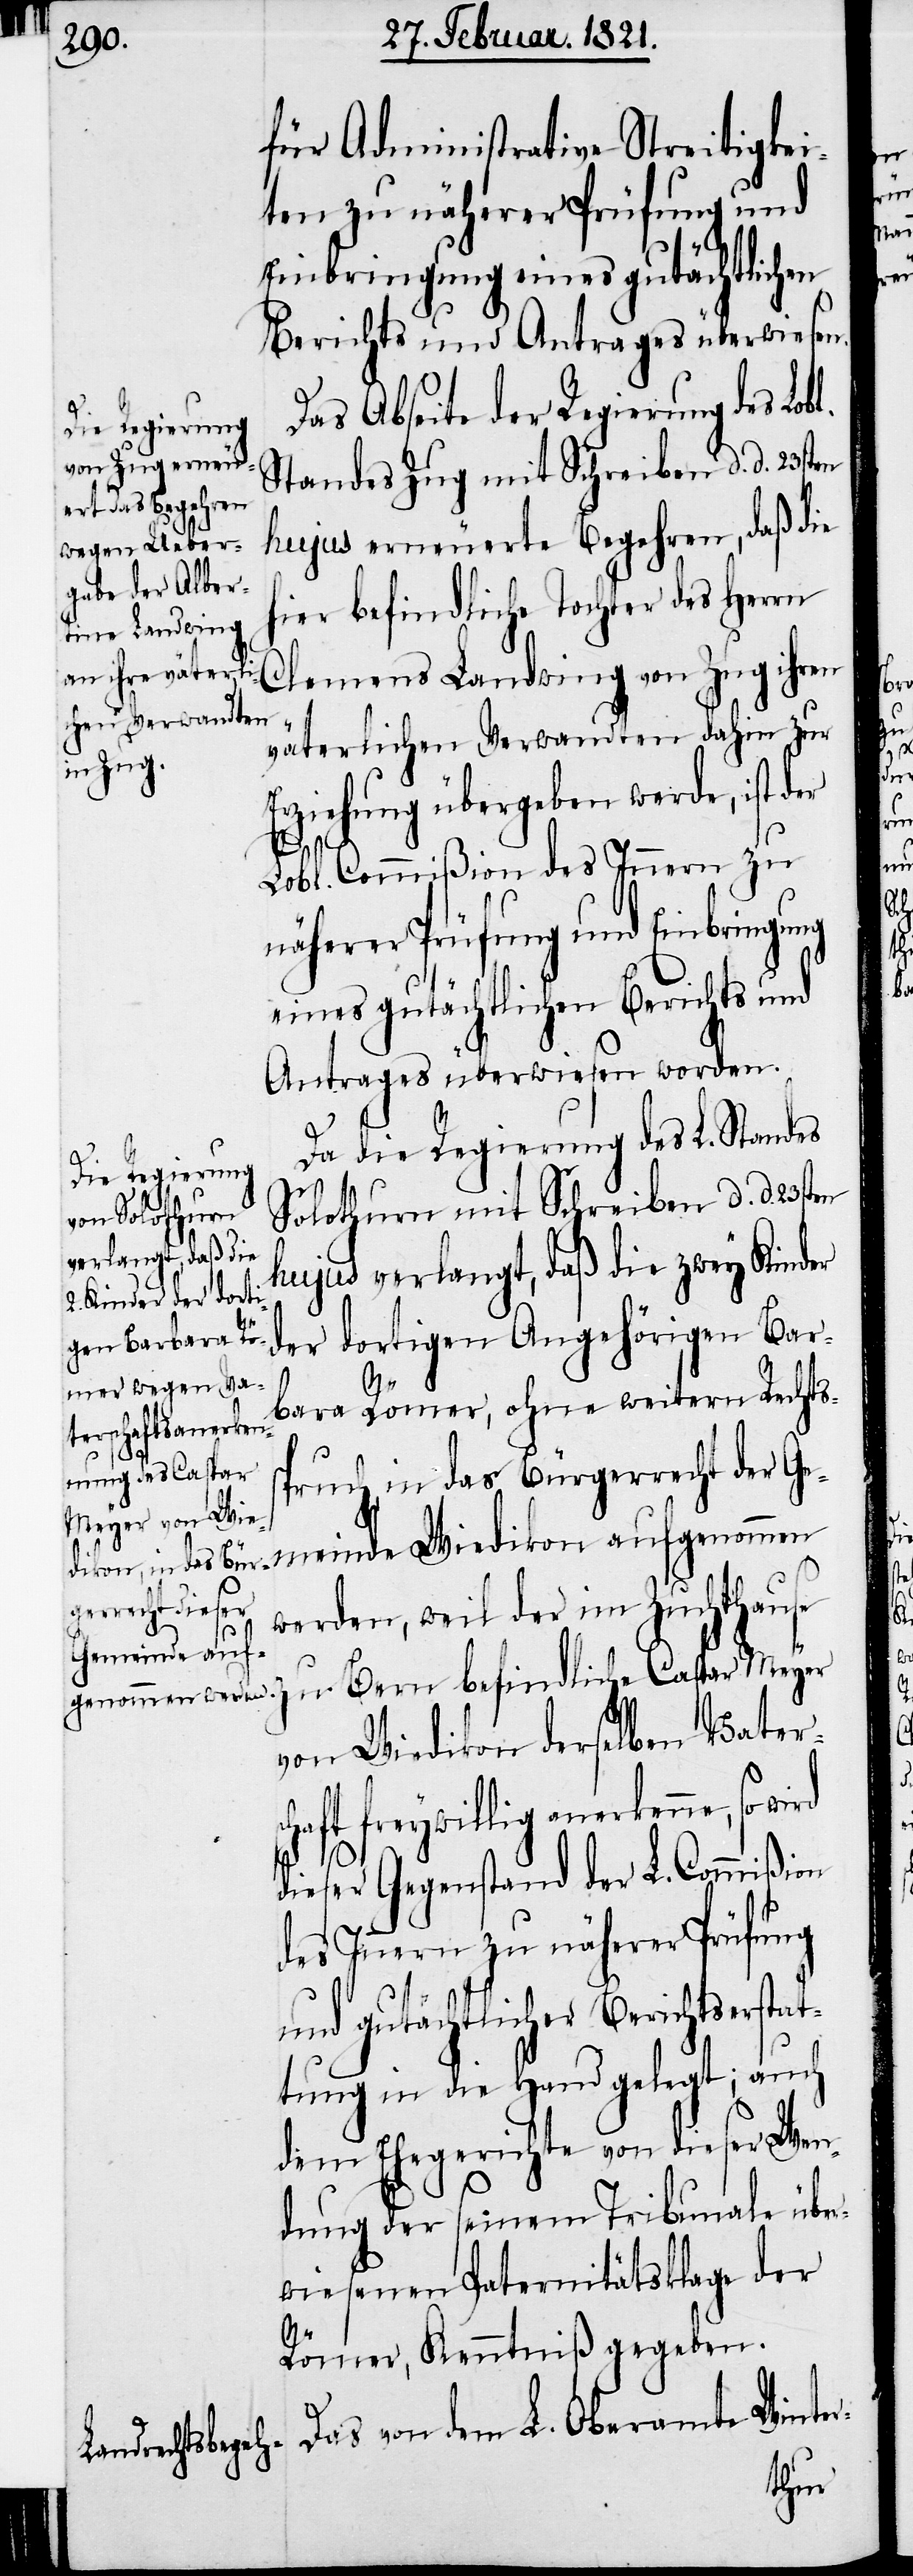
für Administrative Streitigkei¬
ten zu näherer Prüfung und
Einbringung eines gutächtlichen
Berichts und Antrages überwiesen.
Das Abseite der Regierung des Lob¬
Standes Zug mit Schreiben d. d. 23sten
hujus erneuerte Begehren, daß die
hier befindliche Tochter des Herrn
Clemens Landwing von Zug ihren
väterlichen Verwandten dahin zur
Erziehung übergeben werde, ist der
l.
Lobl. Commißion des Innern zu
näherer Prüfung und Einbringung
eines gutächtlichen Berichts und
Antrages überwiesen worden.
Da die Regierung des L. Standes
Solothurn mit Schreiben d. d. 23st¬
hujus verlangt, daß die zwey Kinder
der dortigen Angehörigen Bar¬
bara Römer, ohne weitern Rechts¬
sc¬
pruch in das Bürgerrecht der Ge¬
werden, weil der im Zuchthause
zu Bern befindliche Caspar Meyer
von Wiedikon derselben Vater¬
haft freywillig anerkenne, so
dieser Gegenstand der L. Commißion
des Innern zu näherer Prüfung
und gutächtlicher Berichtserstat¬
tung in die Hand gelegt; auch
dem Ehegerichte von dieser Wen¬
dung der seinem Tribunale übe¬
rwiesenen Paternitätsklage der
Römer, Kenntniß gegeben.
Das von dem L. Oberamte Winter-

meinde